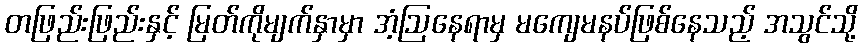
တဖြည်းဖြည်းနှင့် မြတ်ကိုမျက်နှာမှာ အံ့ဩနေရာမှ မကျေမနပ်ဖြစ်နေသည့် အသွင်သို့